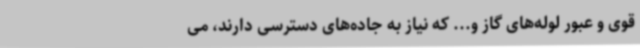
قوی و عبور لوله‌های گاز و... که نیاز به جاده‌های دسترسی دارند، می